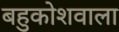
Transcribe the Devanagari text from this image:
बहुकोशवाला